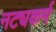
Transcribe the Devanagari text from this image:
नट्यकर्म